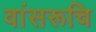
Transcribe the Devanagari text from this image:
वांसरूचि